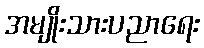
အမျိုးသားပညာရေး